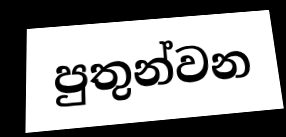
පුතුන්වන